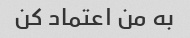
به من اعتماد کن